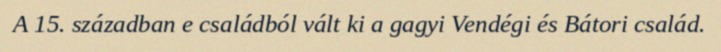
A 15. században e családból vált ki a gagyi Vendégi és Bátori család.